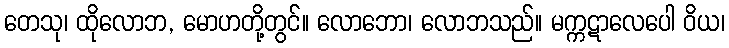
တေသု၊ ထိုလောဘ, မောဟတို့တွင်။ လောဘော၊ လောဘသည်။ မက္ကဋာလေပေါ ဝိယ၊